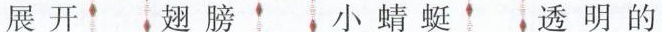
展开，翅膀 小蜻蜓 透明的